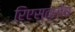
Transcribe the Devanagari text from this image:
रिएस्त्लेय